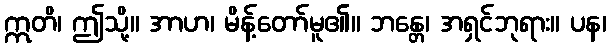
ဣတိ၊ ဤသို့။ အာဟ၊ မိန့်တော်မူ၏။ ဘန္တေ၊ အရှင်ဘုရား။ ပန၊